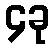
၄ခု